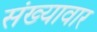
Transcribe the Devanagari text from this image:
संख्यावार